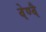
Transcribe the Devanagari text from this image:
वेण्वै